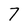
Character: 7